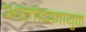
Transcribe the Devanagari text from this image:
आलोचनायुक्त